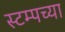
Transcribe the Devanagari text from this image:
स्टम्पच्या